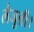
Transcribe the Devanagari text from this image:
लैजूली।